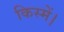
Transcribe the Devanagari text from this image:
किस्में।